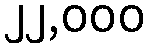
၂၂,၀၀၀